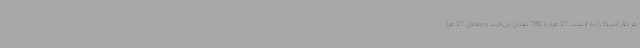
هر دلار آمریکا را به قیمت 21 هزار و 780 تومان می‌خرند و معادل 21 هزار